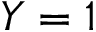
Y = 1